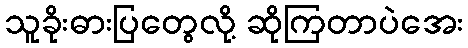
သူခိုးဓားပြတွေလို့ ဆိုကြတာပဲအေး